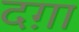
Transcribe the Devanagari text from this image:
दग़ा